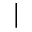
\mid